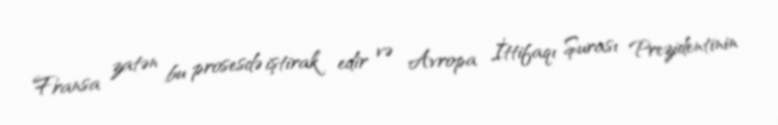
Fransa zatən bu prosesdə iştirak edir və Avropa İttifaqı Şurası Prezidentinin